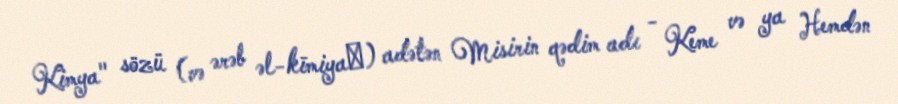
Kimya" sözü (və ərəb əl-kīmiyaˀ) adətən Misirin qədim adı - Keme və ya Hemdən